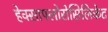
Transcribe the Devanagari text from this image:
हेक्साफ्लोरोसिलिकेट